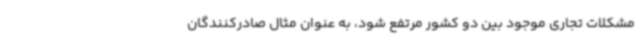
مشکلات تجاری موجود بین دو کشور مرتفع شود، به عنوان مثال صادرکنندگان